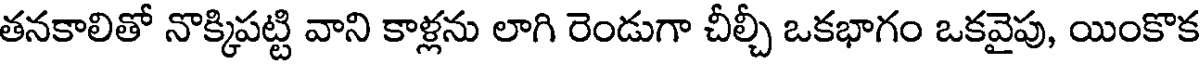
తనకాలితో నొక్కిపట్టి వాని కాళ్లను లాగి రెండుగా చీల్చీ ఒకభాగం ఒకవైపు, యింకొక